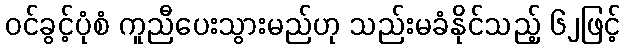
ဝင်ခွင့်ပုံစံ ကူညီပေးသွားမည်ဟု သည်းမခံနိုင်သည့် ၆၂ဖြင့်